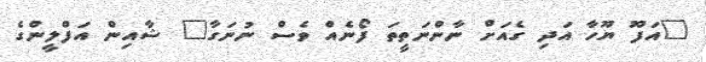
"އަފޫ ޔޫހާ އަދި ގެއަށް ނާންނަތީތަ ފޯނެއް ވެސް ނުނަގާ" ޝާއިން އަފްލީންގެ